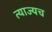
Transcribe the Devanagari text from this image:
त्याज्यच